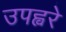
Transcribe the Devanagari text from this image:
उपह्वरे